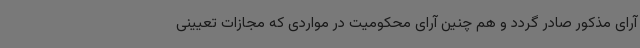
آرای مذکور صادر گردد و هم چنین آرای محکومیت در مواردی که مجازات تعیینی